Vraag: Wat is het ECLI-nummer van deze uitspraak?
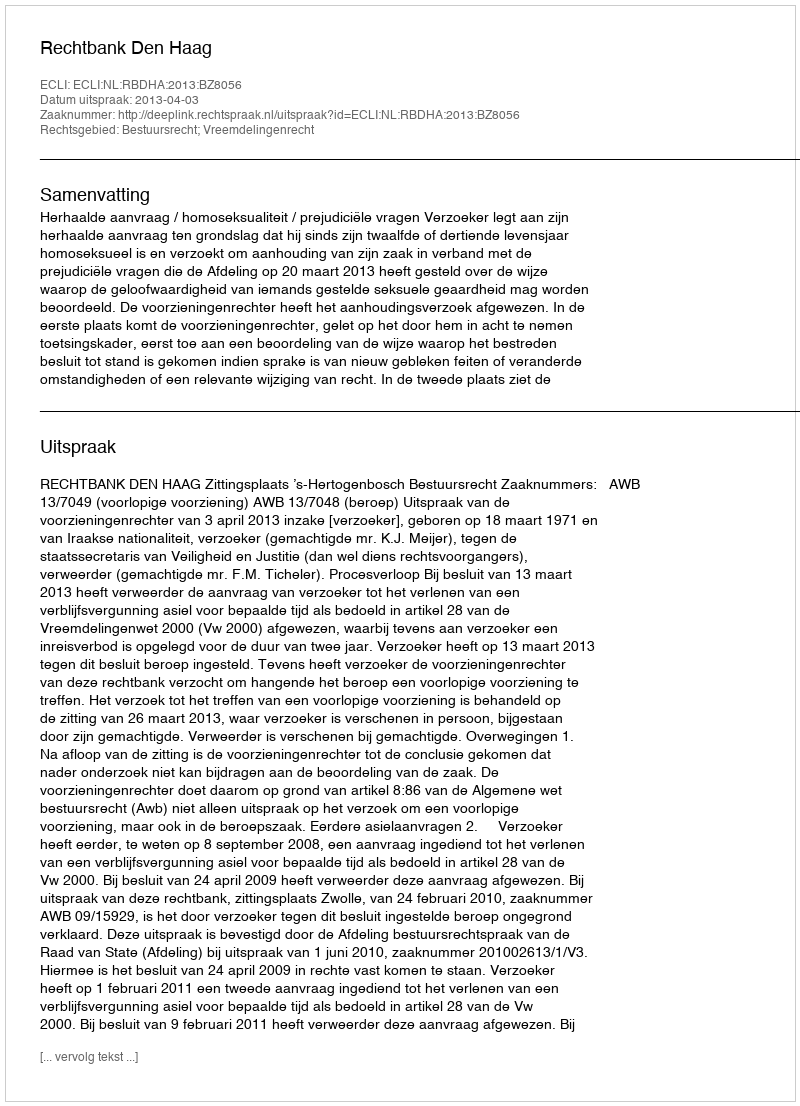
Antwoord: ECLI:NL:RBDHA:2013:BZ8056